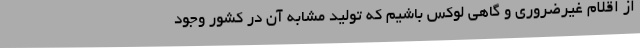
از اقلام غیرضروری و گاهی لوکس باشیم که تولید مشابه آن در کشور وجود